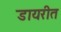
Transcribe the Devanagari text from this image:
डायरीत